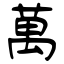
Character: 萬